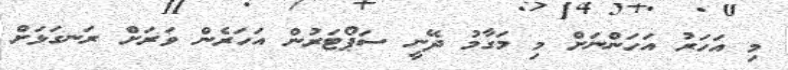
މި އަހަރު އަހަންނަށް މި މަގާމު ދޭނީ ސަޕޯޓަރުން އަހަރެން ވަރަށް ރަނގަޅަށް